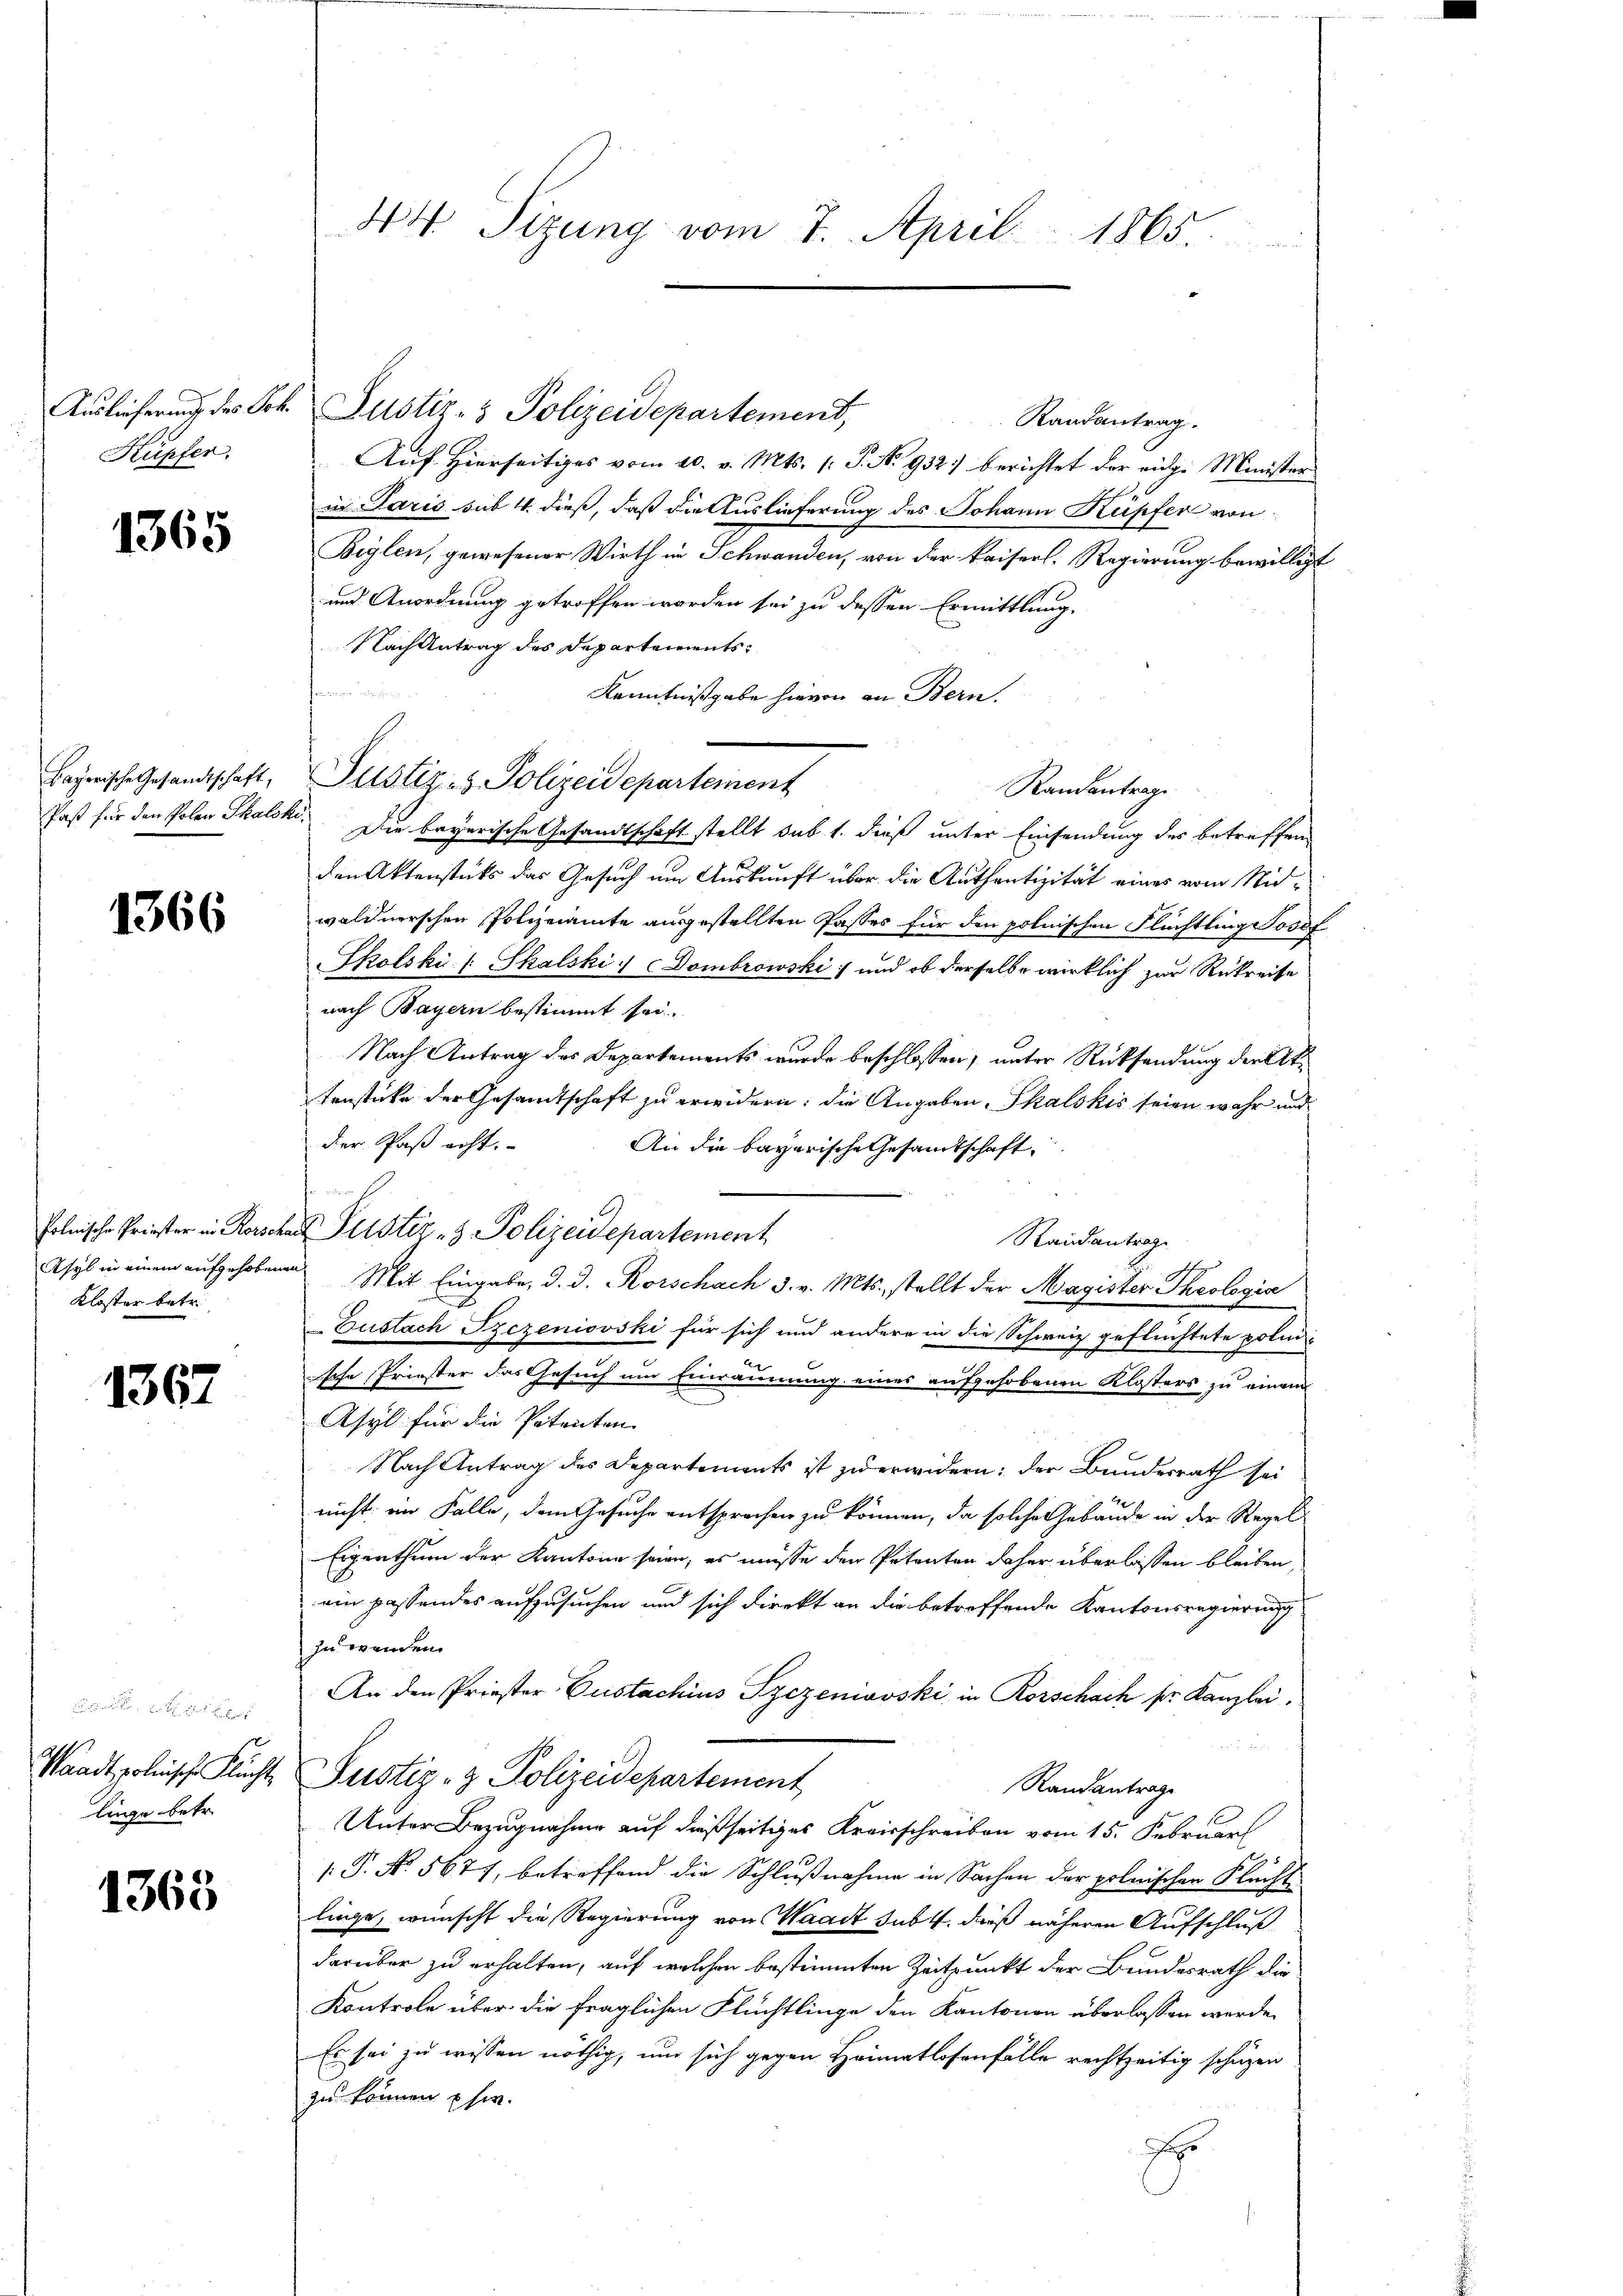
Kupfer.

1365

Bayerische Gesandtschaft,

1366

Polnische Priester in Rorsche
Asyl in einem aufgehobene
Kloster betr.

1367

eele, erth ihres sehr
Waadt, polnische Flucht,
linge betr.

1363

44 Sizung vom 7. April 1865.

Auslieferung des Joh. Justiz- & Polizeidepartement,
Randantrag.
Auf Hierseitiges vom 20. v. Mts. 1. S. No 932) berichtet der eidge Minister
in Paris sub 4. dieß, daß die Auslieferung des Johann Kupfer von
Beylen, gewesener Wirth im Schwanden, von der kaiserl. Regierung bewilligt
und Anordnung getroffen worden sei zu dessen Ermittlung.
Nach Antrag des Departementsfrommen in ein
Kenntnißgabe hievon an Bern.
Justiz- & Polizeidepartement
Randantrage
Paßt für den Polen Thalski. Die bayerische Gesandtschaft stellt sub 1. dieß unter Einsendung des betreffen
den Aktenstets das Gesuch um Auskunft über die Authentizität eines vom Nidwaldnerschen Polizeiamte ausgestellten Passes für den polnischen Flüchtling Josef
Skolski / Shalski. Dombrowski und ob derselbe wirklich zur Rükreise
nach Bayern bestimmt sei.
Nach Antrag des Departements wurde beschlossen, unter Rücksendung der Attenstücke der Gesamtschaft zu erwidern; die Angaben, Thalskis seien wahr und
der Paß acht.
An die bayerische Gesandtschaft
a Justiz- & Polizeidepartement
Randantrage
a Mit Eingabe, d. d. Rorschach 3. v. Mts. stellt der Magister Theologia
Euslach Szezeniovski für sich und andere in die Schweiz geflüchtete polische Priester das Gesuch um Einräumung eines aufgehobenen Klosters zu einem
Asyl für die Petenten
Nach Antrag des Departements ist zu erwidern; der Bundesrath sei
nicht im Falle, dem Gesuche entsprechen zu können, da solche Gebäude in der Regel
Eigenthum der Kantone seien, es müsse den Petenten daher überlassen bleiben,
ein passendes aufzusuchen und sich direkt an die betreffende Kantonsregierung
zu wenden.
An den Priester Gustachius Szezeniowski in Rorschach sr. Kanzlei.
Justiz- & Polizeidepartement
Randantrage
Unter Bezugnahme auf dießseitiges Kreisschreiben vom 15. Februar
[: P. No. 5677, betreffend die Schlußnahme in Sachen der polnischen Flucht
liege, wünscht die Regierung von Waadt sub. 4. daß näheren Aufschluß
darüber zu erhalten, auf welchen bestimmten Zeitpunkt der Bundesrath die
Kontrole über die fraglichen Flüchtlinge den Kantonen überlassen werde.
Es sei zu wissen nöthig, um sich gegen Heimatlosenfälle rechtzeitig schüzen
zu können her.
E